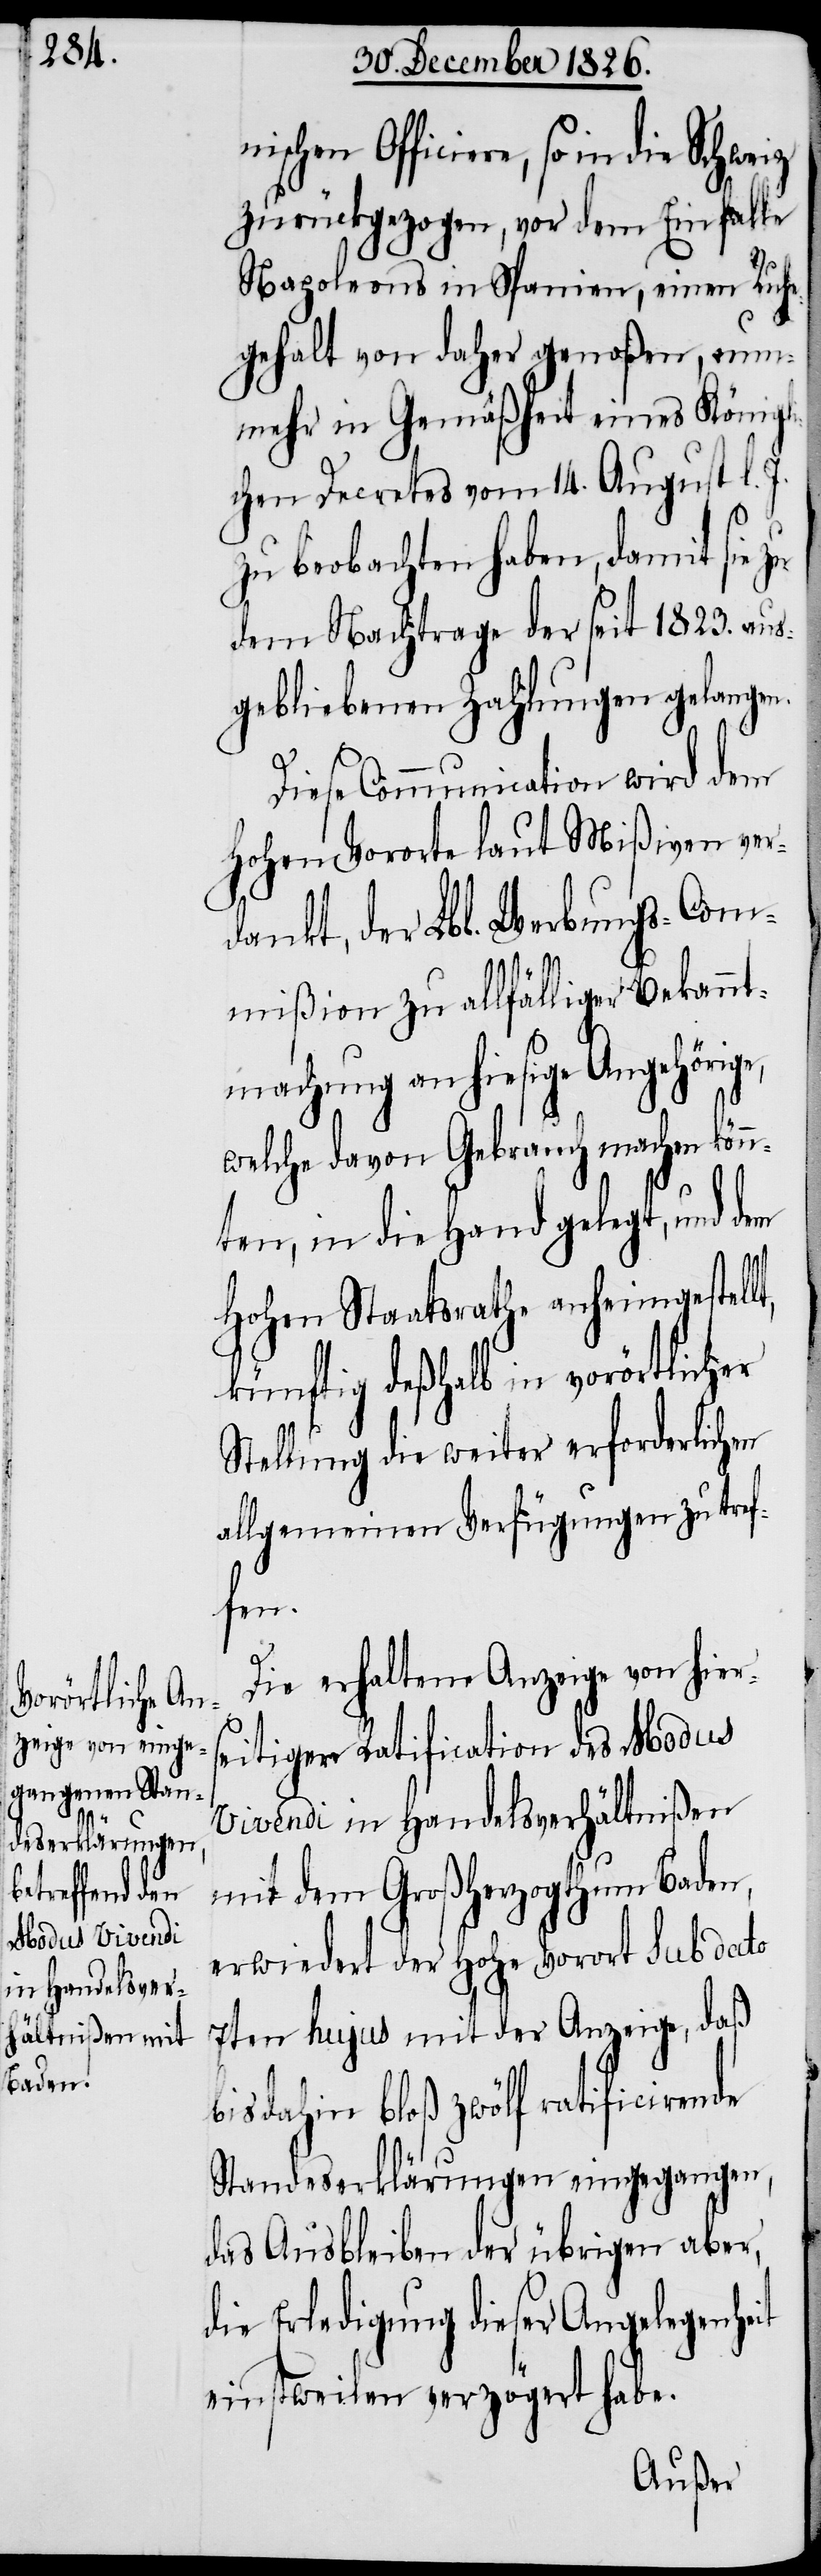
nischen Officiere, so in die
zurückgezogen, vor dem Einfalle
Napoleons in Spanien, einen Ruhe¬
gehalt von daher genoßen, nun¬
mehr in Gemäßheit eines Königli¬
chen Decretes vom 14. August l.
zu beobachten haben, damit sie
dem Nachtrage der seit 1823. aus¬
gebliebenen Zahlungen gelangen.
Diese Communication wird dem
hohen Vororte laut Mißiven ver¬
dankt, der Lbl. Werbungs-Com¬
mißion zu allfälliger Bekannt¬
machung an hiesige Angehörige,
welche davon Gebrauch machen könn¬
ten, in die Hand gelegt, und
hohen Staatsrathe anheimgestellt,
künftig deßhalb in vorörtlicher
Stellung die weiter erforderlichen
allgemeinen Verfügungen zu tref¬
fen.
Die erhaltene Anzeige von hier¬
seitiger Ratification des Modus
vivendi in Handelsverhältnißen
mit dem Großherzogthum Baden,
erwiedert der hohe Vorort sub dato
7ten hujus mit der Anzeige, daß
bis dahin bloß zwölf ratificirende
Standeserklärungen eingegangen,
das Ausbleiben der übrigen aber,
die Erledigung dieser Angelegenheit
einstweilen verzögert habe.